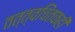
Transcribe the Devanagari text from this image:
तत्त्वचिंतकही